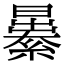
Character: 㬧